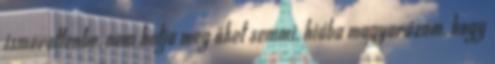
ismeretlenbe, nem hatja meg őket semmi, hiába magyarázom, hogy